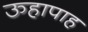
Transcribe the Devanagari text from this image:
ऊहापाह